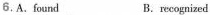
6.A.found B.recognized